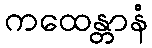
ကထေန္တာနံ